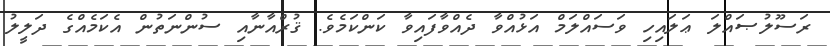
ރަސޫލުޞައްލަ ޢަލައިހި ވަސައްލަމް އަޅުއްވާ ދެއްވާފައިވާ ކަންކަމެވެ. ޤުރްއާނާއި ސުންނަތުން އެކަމެއްގެ ދަލީލު